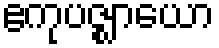
ဧကုပဇ္ဈာယော